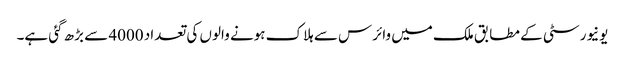
یونیورسٹی کے مطابق ملک میں وائرس سے ہلاک ہونے والوں کی تعداد 4000 سے بڑھ گئی ہے۔